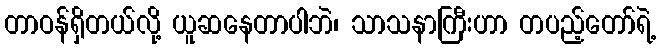
တာဝန်ရှိတယ်လို့ ယူဆနေတာပါဘဲ၊ သာသနာကြီးဟာ တပည့်တော်ရဲ့